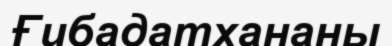
Ғибадатхананы